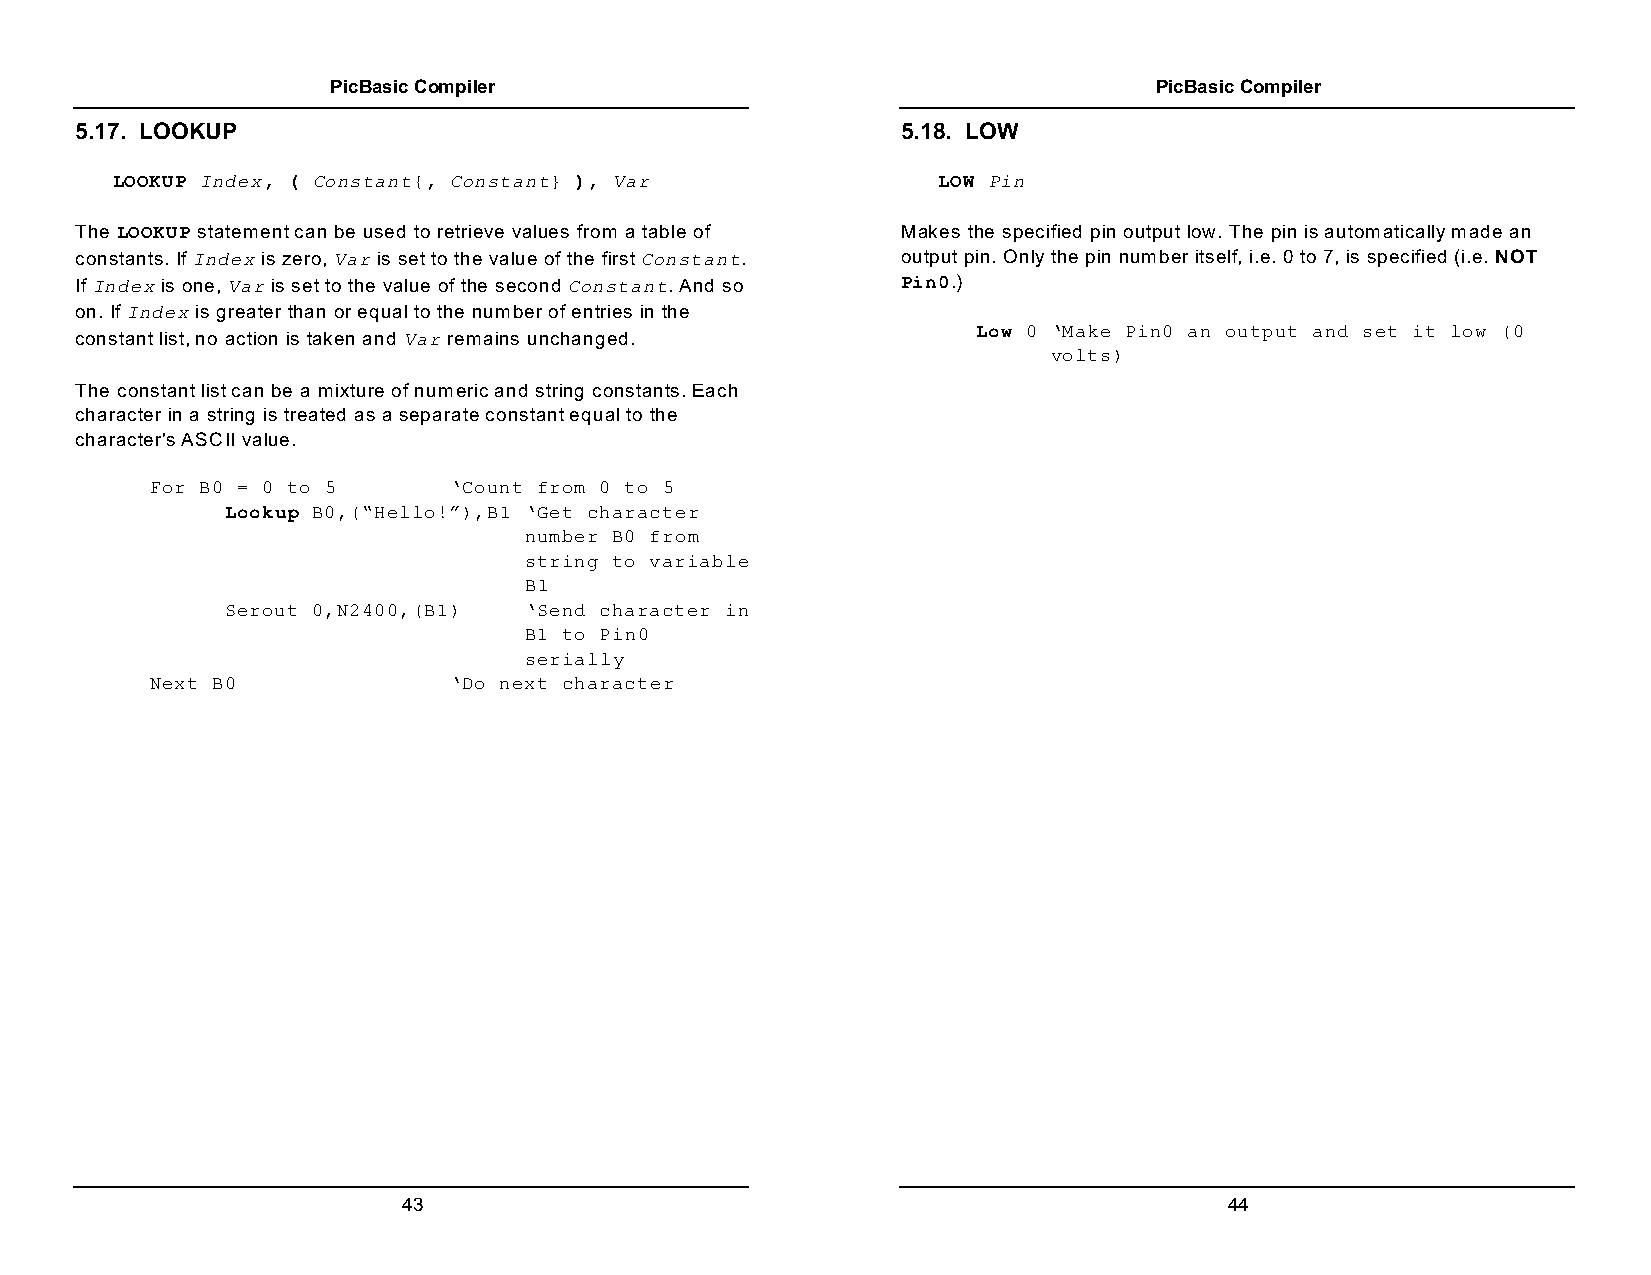
PicBasic Compiler                                     PicBasic Compiler
 5.17. LOOKUP                                           5.18. LOW
 LOOKUP Index, ( Constant{, Constant} ), Var            LOW Pin
 The LOOKUP statement can be used to retrieve values from a table of Makes the specified pin output low. The pin is automatically made an
 constants. If Index is zero, Var is set to the value of the first Constant. output pin. Only the pin number itself, i.e. 0 to 7, is specified (i.e. NOT
 If Index is one, Var is set to the value of the second Constant. And so Pin0.)
 on. If Index is greater than or equal to the number of entries in the
 Low 0 ‘Make Pin0 an output and set it low (0
 constant list, no action is taken and Var remains unchanged.
 volts)
 The constant list can be a mixture of numeric and string constants. Each
 character in a string is treated as a separate constant equal to the
 character's ASCII value.
 For B0 = 0 to 5     ‘Count from 0 to 5
 Lookup B0,(“Hello!”),B1 ‘Get character
 number B0 from
 string to variable
 B1
 Serout 0,N2400,(B1) ‘Send character in
 B1 to Pin0
 serially
 Next B0             ‘Do next character
 43                                                    44